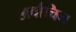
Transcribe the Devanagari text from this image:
अर्वाचिन